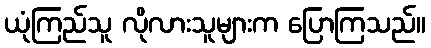
ယုံကြည်သူ လိုလားသူများက ပြောကြသည်။